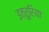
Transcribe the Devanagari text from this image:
इत्रुरिया